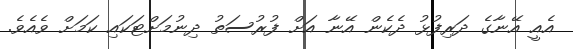
އެއީ އޭނާގެ ދަރިފުޅު ދެކެން އޭނާ އަށް ފުރުސަތު ދިނުމަށްޓަކައި ކަމަށް ވެއެވެ.